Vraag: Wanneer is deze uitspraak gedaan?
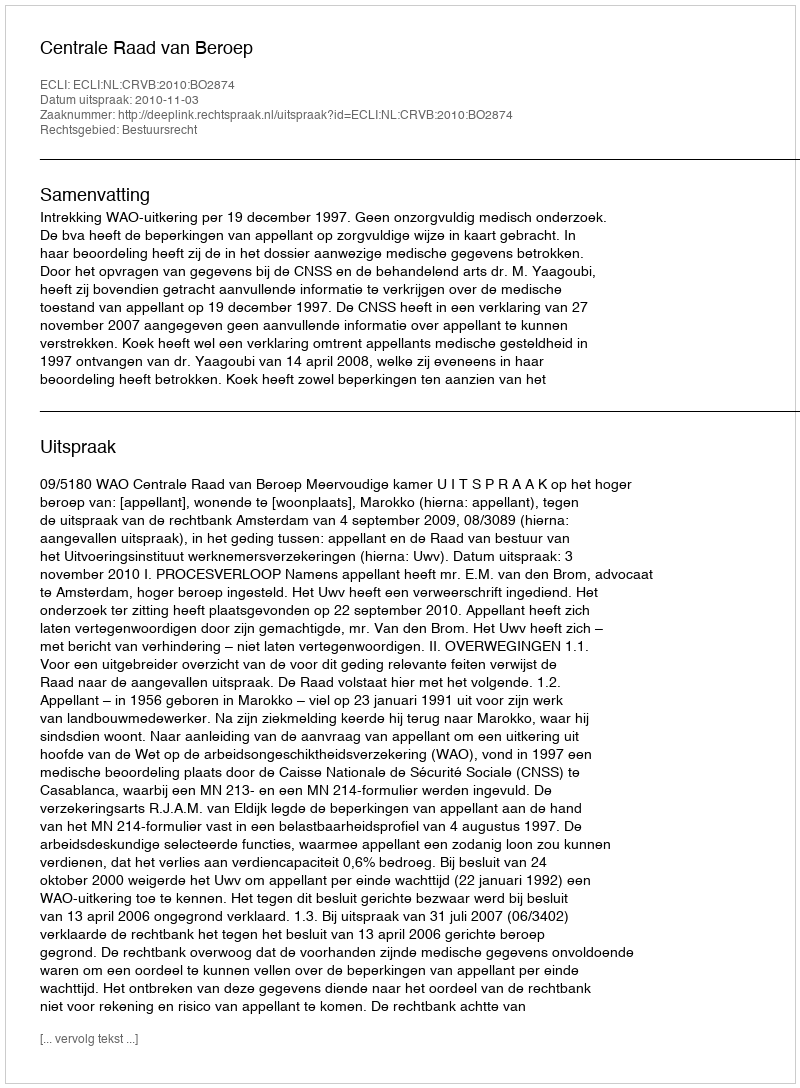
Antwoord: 2010-11-03